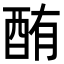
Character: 酭